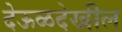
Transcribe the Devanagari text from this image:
देऊळदेखील